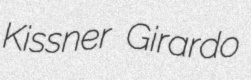
Kissner Girardo